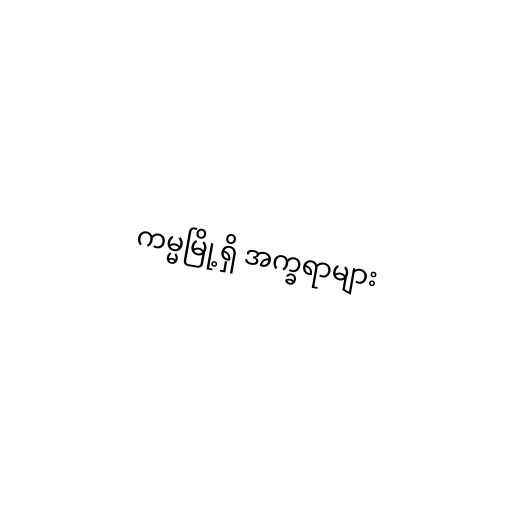
ကမ္မမြို့ရှိ အက္ခရာများ